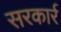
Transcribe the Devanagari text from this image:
सरकार्र